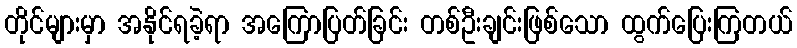
တိုင်များမှာ အနိုင်ရခဲ့ရာ အကြောပြတ်ခြင်း တစ်ဦးချင်းဖြစ်သော ထွက်ပြေးကြတယ်